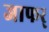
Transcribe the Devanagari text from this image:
जाफर्